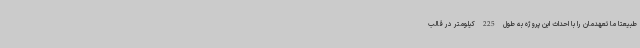
طبیعتا ما تعهدمان را با احداث این پروژه به طول 225 کیلومتر در قالب